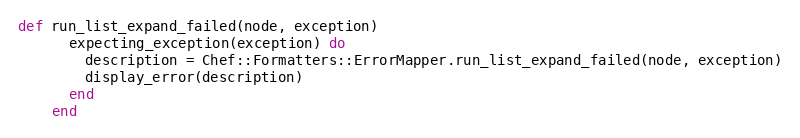
Language: Ruby
def run_list_expand_failed(node, exception)
      expecting_exception(exception) do
        description = Chef::Formatters::ErrorMapper.run_list_expand_failed(node, exception)
        display_error(description)
      end
    end